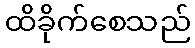
ထိခိုက်စေသည်